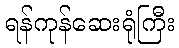
ရန်ကုန်ဆေးရုံကြီး